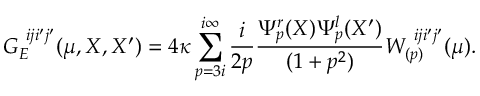
G _ { E } ^ { \ i j i ^ { \prime } j ^ { \prime } } ( \mu , X , X ^ { \prime } ) = 4 \kappa \sum _ { p = 3 i } ^ { i \infty } \frac { i } { 2 p } \frac { \Psi _ { p } ^ { r } ( X ) \Psi _ { p } ^ { l } ( X ^ { \prime } ) } { ( 1 + p ^ { 2 } ) } W _ { ( p ) } ^ { \ i j i ^ { \prime } j ^ { \prime } } ( \mu ) .